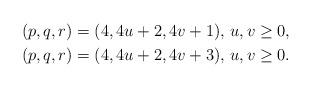
LaTeX: \begin{gather*}(p,q,r)=(4,4u+2,4v+1),\, u,v\geq 0,\\(p,q,r)=(4,4u+2,4v+3),\, u,v\geq 0.\end{gather*}